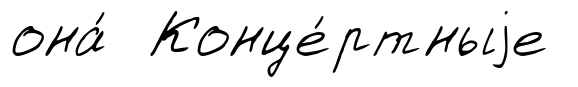
она́ Конце́ртныjе